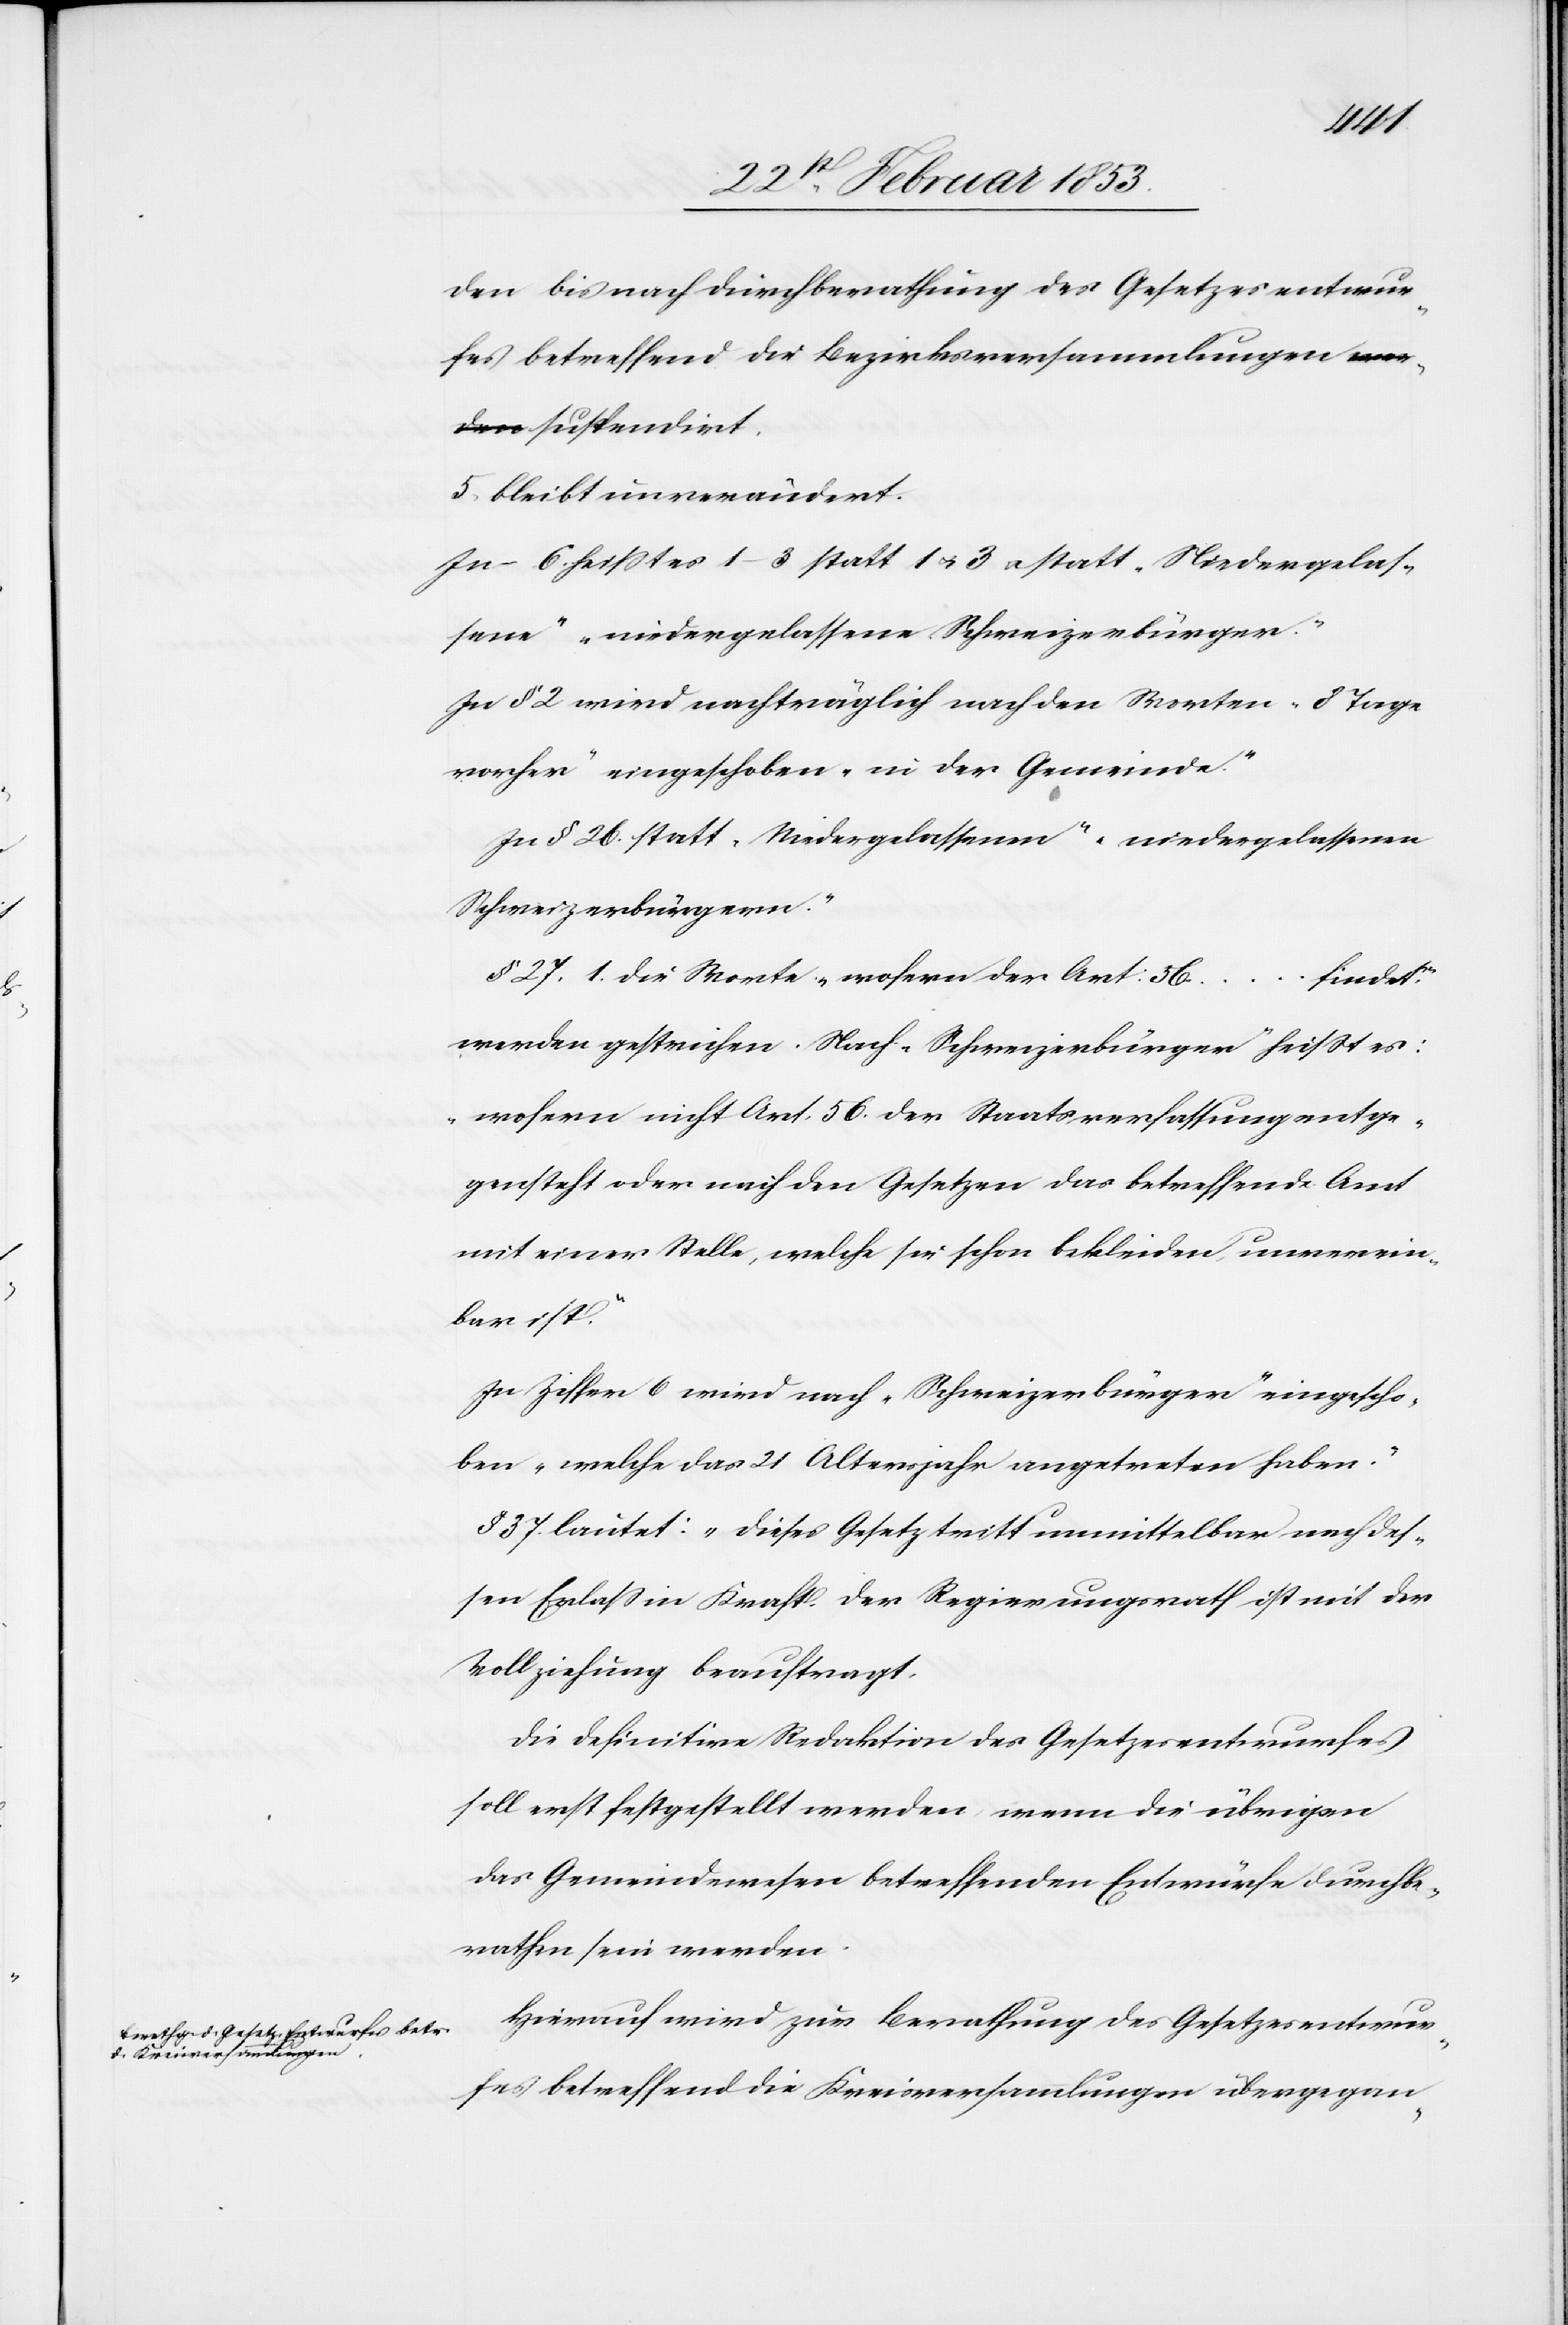
den bis nach Durchberathung des Gesetzesentwur¬
fes betreffend die Bezirksversammlungen
suspendirt.
5. bleibt unverändert.
In 6. heißt es 1–3 statt 1 u. 3 statt “Niedergelas¬
sen“ “niedergelassene Schweizerbürger“.
In § 2 wird nachträglich nach den Worten “8 Tage
vorher“ eingeschoben “in der Gemeinde“.
In § 26 statt “Niedergelassenen“ “niedergelassenen
Schweizerbürger“.
§ 27. 1. die Worte “wofern der Art: 56…findet.“
werden gestrichen. Nach “Schweizerbürger“ heißt es:
“wofern nicht Art. 56 der Staatsverfassung entge¬
gensteht oder nach den Gesetzen das betreffende Amt
mit einer Stelle, welche sie schon bekleiden unverein¬
bar ist.“
In Ziffer 6 wird nach “Schweizerbürger“ eingescho¬
ben, „“welche das 21 Altersjahr angetreten haben.“
§ 37 lautet: “dieses Gesetz tritt unmittelbar nach des¬
sen Erlaß in Kraft.[“] Der Regierungsrath ist mit der
Vollziehung beauftragt.
Die definitive Redaktion des Gesetzesentwurfes
soll erst festgestellt werden wenn die übrigen
das Gemeindswesen betreffend Entwürfe durchbe¬
rathen sein werden.
Hierauf wird zur Berathung des Gesetzesentwur¬
fes betreffend die Kreisversammlungen übergegan-